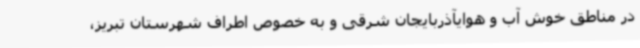
در مناطق خوش آب و هوایآذربایجان شرقی و به خصوص اطراف شهرستان تبریز،